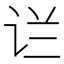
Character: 𰵟